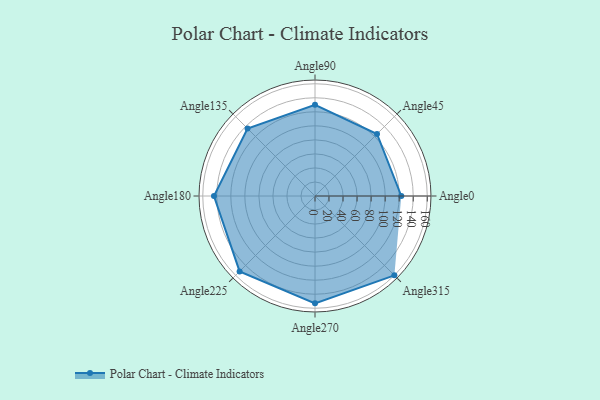
{"axis": {"x": "Angle", "y": "Radius"}, "legend": [""], "data": [{"x": "Angle0", "y": 123.0, "type": ""}, {"x": "Angle45", "y": 125.0, "type": ""}, {"x": "Angle90", "y": 130.0, "type": ""}, {"x": "Angle135", "y": 136.0, "type": ""}, {"x": "Angle180", "y": 144.0, "type": ""}, {"x": "Angle225", "y": 152.0, "type": ""}, {"x": "Angle270", "y": 153.0, "type": ""}, {"x": "Angle315", "y": 160.0, "type": ""}]}